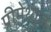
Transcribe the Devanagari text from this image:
प्रीमेथ्यूज